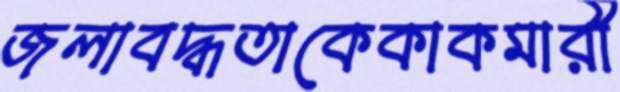
জলাবদ্ধতাকেকাকমারী